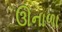
ઊનાળા